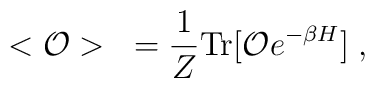
<{\cal O}> ~= \frac{1}{Z}{\rm Tr}[{\cal O}e^{-\beta H}]\;,